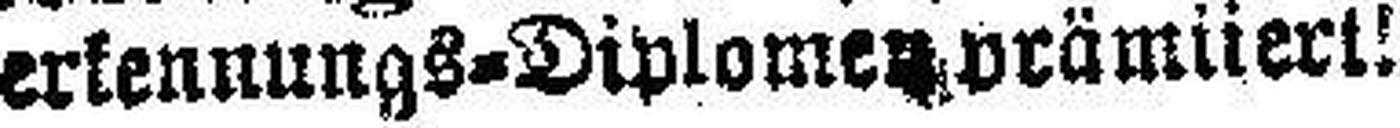
erkennungs-Diplomen###täntüerl